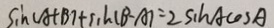
\sin ( A + B ) + \sin ( B - A ) = 2 \sin A \cos A